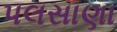
પલસાણા